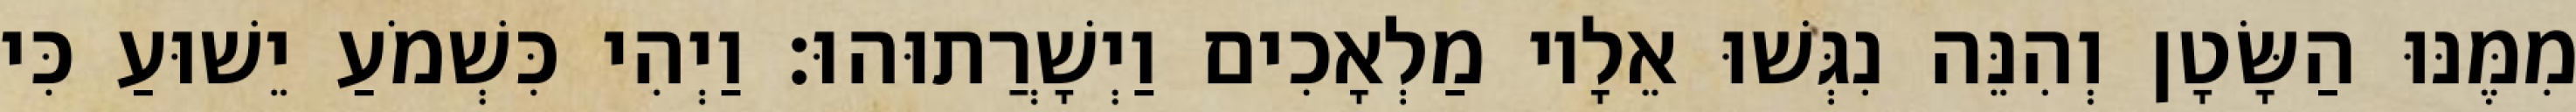
מִמֶּנּוּ הַשָּׂטָן וְהִנֵּה נִגְּשׁוּ אֵלָיו מַלְאָכִים וַיְשָׁרֲתוּהוּ׃ וַיְהִי כִּשְׁמֹעַ יֵשׁוּעַ כִּי